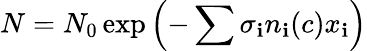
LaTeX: N=N_{0}\exp\left(-\sum\sigma_{\mathbf{i}}n_{\mathbf{i}}(c)x_{\mathbf{i}}\right)